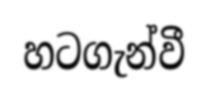
හටගැන්වී